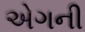
એગની